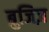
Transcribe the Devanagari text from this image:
ब्रुजिज़